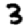
Digit: 3